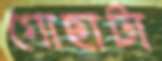
গোছাটা